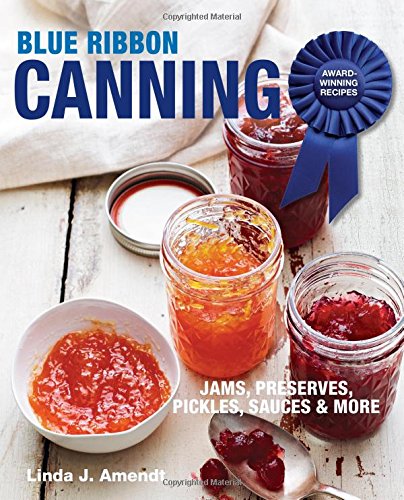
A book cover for Blue Ribbon Canning: Award-Winning Recipes; Linda J. Amendt; Cookbooks, Food & Wine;